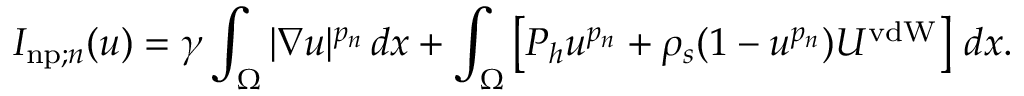
I _ { \mathrm { n p } ; n } ( u ) = \gamma \int _ { \Omega } | \nabla u | ^ { p _ { n } } \, d x + \int _ { \Omega } \left[ P _ { h } u ^ { p _ { n } } + \rho _ { s } ( 1 - u ^ { p _ { n } } ) U ^ { \mathrm { v d W } } \right] \, d x .